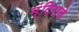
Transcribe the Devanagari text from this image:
म्ंदिराचे